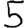
Digit: 5